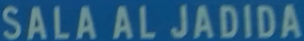
SALA AL JADIDA